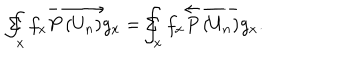
\Sigma \! \! \! \! \! \! \int _ { x } f _ { x } \overrightarrow { P \left( U _ { n } \right) } g _ { x } = \Sigma \! \! \! \! \! \! \int _ { x } f _ { x } \overleftarrow { P \left( U _ { n } ^ { } \right) } g _ { x } .